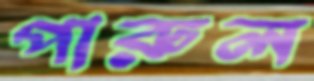
পারুল